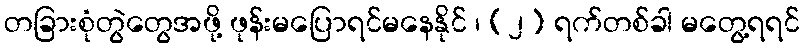
တခြားစုံတွဲတွေအဖို့ ဖုန်းမပြောရင်မနေနိုင် ၊ (၂) ရက်တစ်ခါ မတွေ့ရရင်